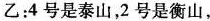
乙：4号是泰山，2号是衡山，